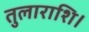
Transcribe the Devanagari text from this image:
तुलाराशि।